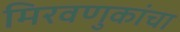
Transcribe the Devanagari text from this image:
मिरवणुकांचा